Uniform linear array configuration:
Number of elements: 24
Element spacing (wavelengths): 0.75
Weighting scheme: hamming
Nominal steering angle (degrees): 30
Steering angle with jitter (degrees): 31.114
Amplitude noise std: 0.05
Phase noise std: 0.05

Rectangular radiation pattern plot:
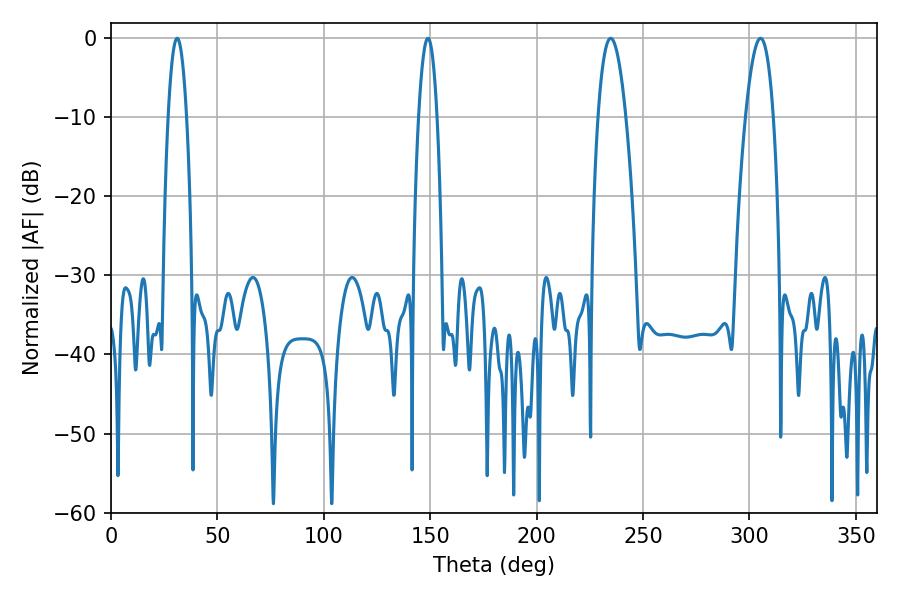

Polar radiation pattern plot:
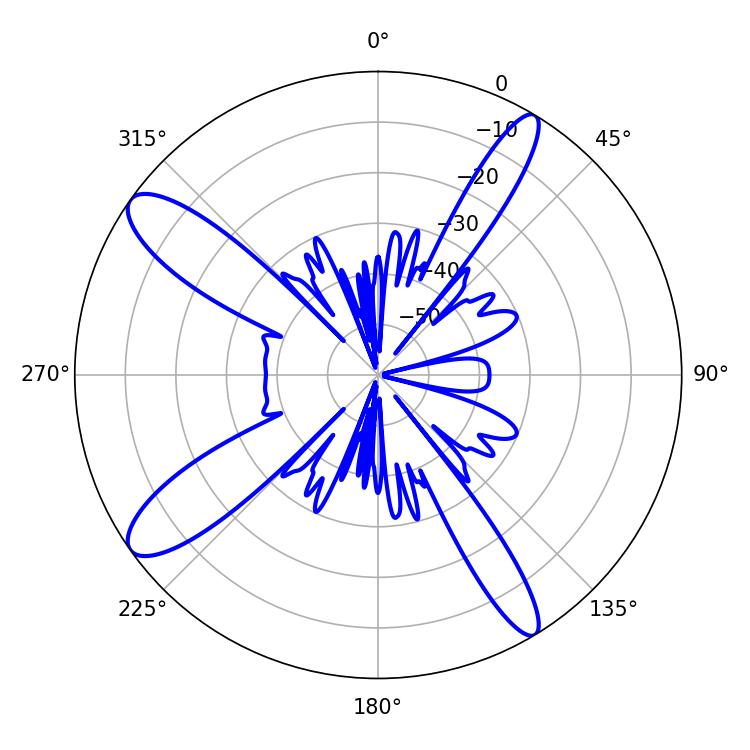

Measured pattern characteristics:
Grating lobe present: TRUE
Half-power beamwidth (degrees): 7.2
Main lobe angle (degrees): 305.28